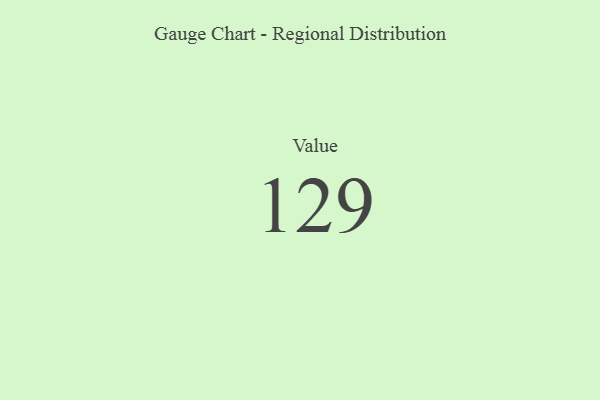
{"axis": {"x": "Metric", "y": "Value"}, "legend": [""], "data": [{"x": "Value", "y": 129, "type": ""}]}